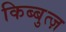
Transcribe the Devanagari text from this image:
किब्बुत्ज़